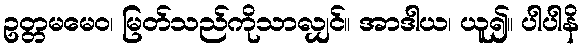
ဥတ္တမမေဝ၊ မြတ်သည်ကိုသာလျှင်။ အာဒါယ၊ ယူ၍။ ပါပါနိ